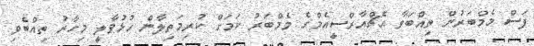
ފަސް މެމްބަރުން ތިއްބަވާ އެޗްއާރްސީއެމްގެ މެމްބަރު ކަމަށް ކުރިމަތިލާން ހުޅުވާލީ މިހާރު ތިއްބެވި